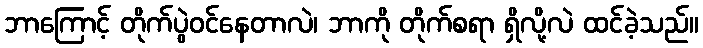
ဘာကြောင့် တိုက်ပွဲဝင်နေတာလဲ၊ ဘာကို တိုက်စရာ ရှိလို့လဲ ထင်ခဲ့သည်။